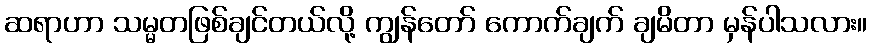
ဆရာဟာ သမ္မတဖြစ်ချင်တယ်လို့ ကျွန်တော် ကောက်ချက် ချမိတာ မှန်ပါသလား။